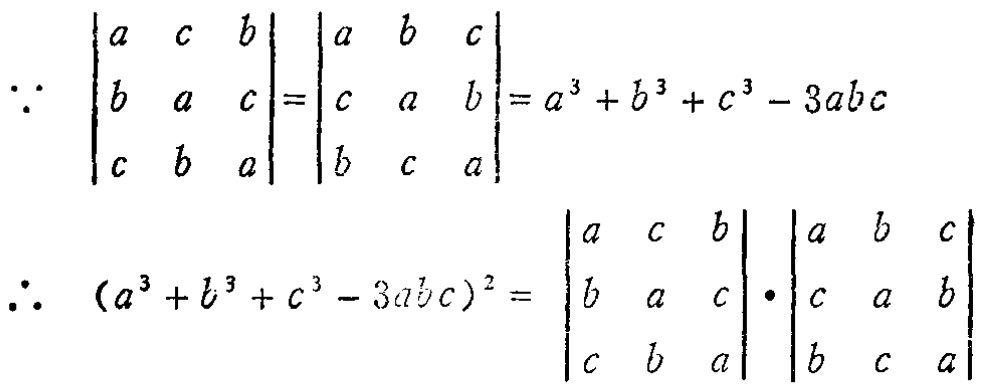
\[\because
\begin{vmatrix}
a & c & b \\
b & a & c \\
c & b & a
\end{vmatrix}=
\begin{vmatrix}
a & b & c \\
c & a & b \\
b & c & a
\end{vmatrix}=a^{3}+b^{3}+c^{3}-3abc
\]
\[\therefore
(a^{3}+b^{3}+c^{3}-3abc)^{2}=
\begin{vmatrix}
a & c & b \\
b & a & c \\
c & b & a
\end{vmatrix}\cdot
\begin{vmatrix}
a & b & c \\
c & a & b \\
b & c & a
\end{vmatrix}
\]